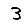
Digit: 3